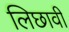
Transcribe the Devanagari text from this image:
लिछावी